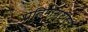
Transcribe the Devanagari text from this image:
प्रतिमासृष्टीहून